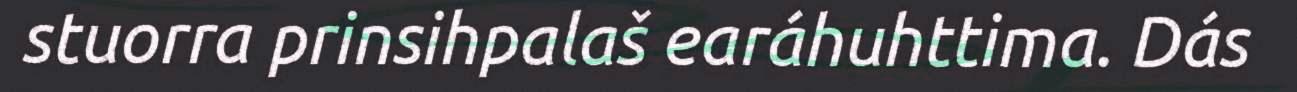
stuorra prinsihpalaš earáhuhttima. Dás